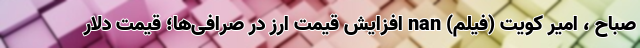
صباح ، امیر کویت (فیلم) nan افزایش قیمت ارز در صرافی‌ها؛ قیمت دلار